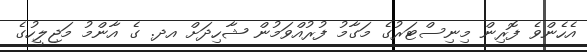
އެހެންވެ ފޮރިން މިނިސްޓަރުގެ މަގާމު ފުރުއްވަމުން ޝާހިދަށް އދ. ގެ އާންމު މަޖިލީހުގެ